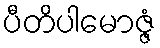
ပီတိပါမောဇ္ဇံ